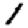
Digit: 1